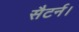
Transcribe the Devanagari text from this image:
सैटर्न।